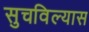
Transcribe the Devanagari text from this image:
सुचविल्यास